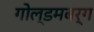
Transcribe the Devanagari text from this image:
गोल्डमबर्ग